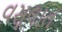
વસૂલાત